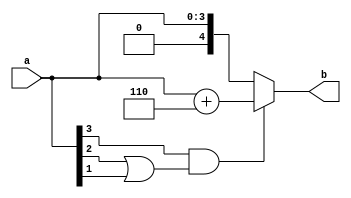
`timescale 1ns / 1ps
//////////////////////////////////////////////////////////////////////////////////
// Company: 
// Engineer: 
// 
// Design Name: 
// Module Name: b2bcd_a
// Project Name: 
// Target Devices: 
// Tool Versions: 
// Description: 
// 
// Dependencies: 
// 
// Revision:
// Revision 0.01 - File Created
// Additional Comments:
// 
//////////////////////////////////////////////////////////////////////////////////


module b2bcd_a(
    input [3:0] a,
    output [4:0] b
    );
    wire c;
    assign c =a[3]&(a[2]|a[1]);
    //adder_4bit utt(.a(a),.cin(0),.sum(d),.cout(e),.b[0](0),.b[1](c),.b[2](c),.b[3](0));
    assign b = (c)?(a+6):(a);
endmodule